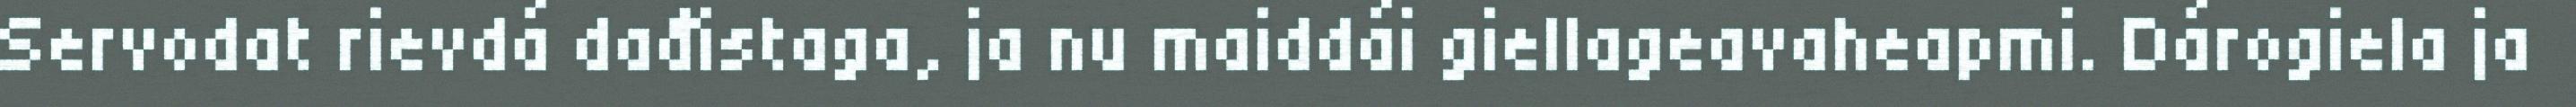
Servodat rievdá dađistaga, ja nu maiddái giellageavaheapmi. Dárogiela ja